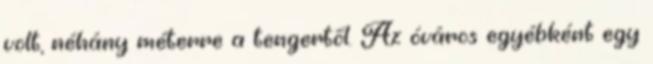
volt, néhány méterre a tengertől. Az óváros egyébként egy